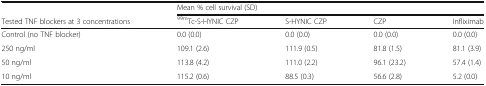
<table><thead><tr><td></td><td colspan="4"><b>Mean % cell survival (SD)</b></td></tr><tr><td><b>Tested TNF blockers at 3 concentrations</b></td><td><b><sup>99m</sup>Tc-S-HYNIC CZP</b></td><td><b>S-HYNIC CZP</b></td><td><b>CZP</b></td><td><b>Infliximab</b></td></tr></thead><tbody><tr><td>Control (no TNF blocker)</td><td>0.0 (0.0)</td><td>0.0 (0.0)</td><td>0.0 (0.0)</td><td>0.0 (0.0)</td></tr><tr><td>250 ng/ml</td><td>109.1 (2.6)</td><td>111.9 (0.5)</td><td>81.8 (1.5)</td><td>81.1 (3.9)</td></tr><tr><td>50 ng/ml</td><td>113.8 (4.2)</td><td>111.0 (2.2)</td><td>96.1 (23.2)</td><td>57.4 (1.4)</td></tr><tr><td>10 ng/ml</td><td>115.2 (0.6)</td><td>88.5 (0.3)</td><td>56.6 (2.8)</td><td>5.2 (0.0)</td></tr></tbody></table>